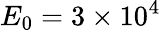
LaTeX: {E}_{0}=3\times 10^{4}